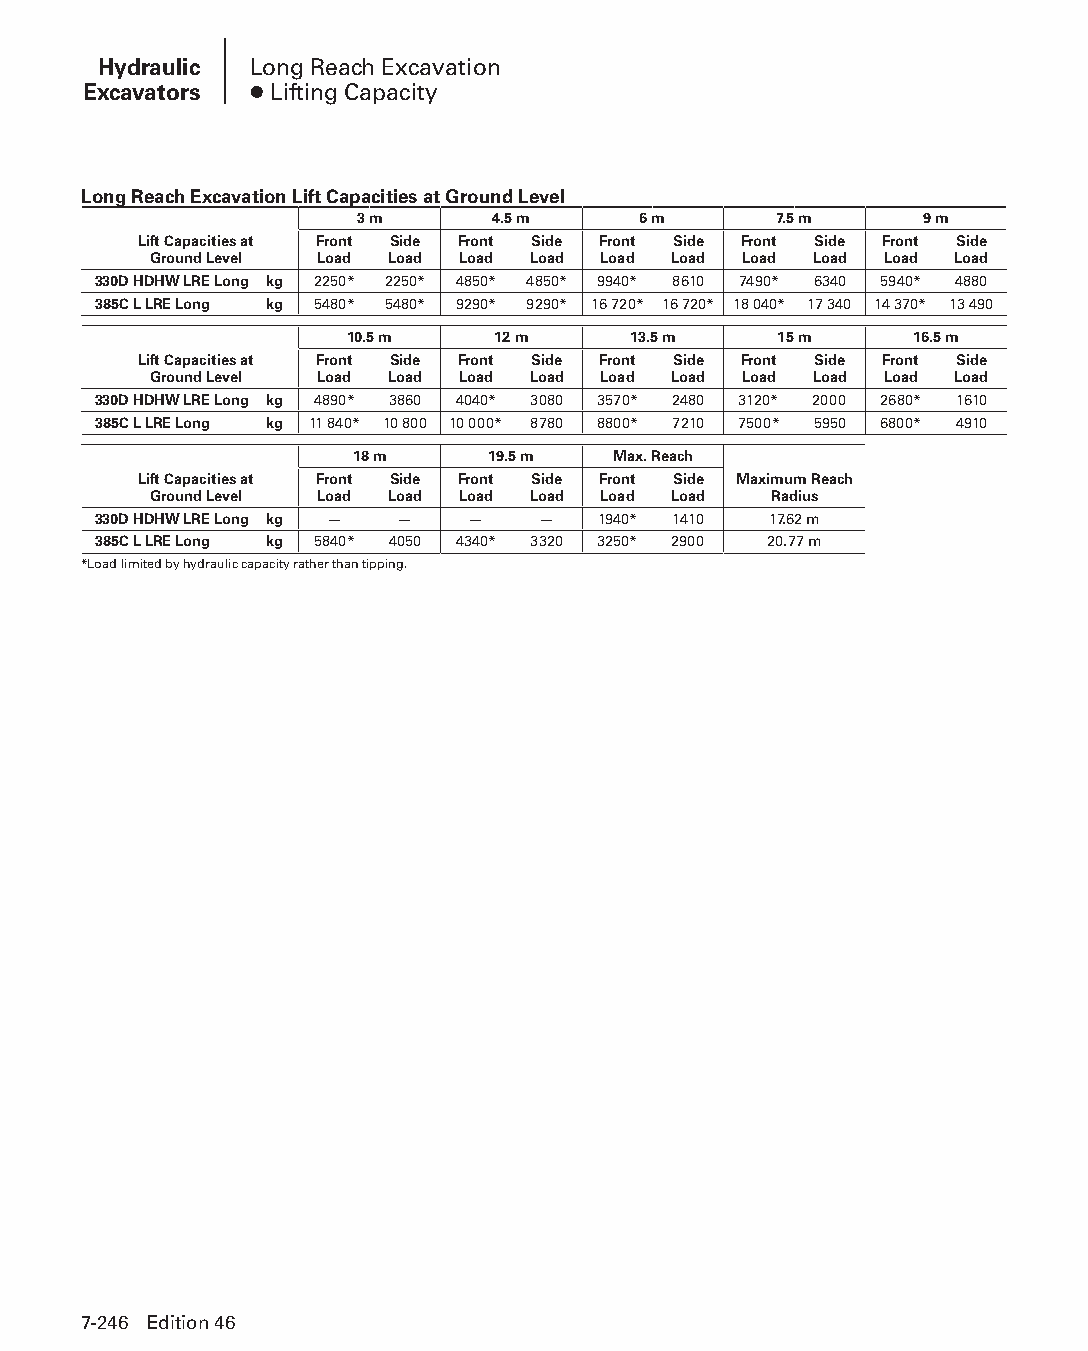
Hydraulic Long Reach Excavation
 Excavators ● Lifting Capacity
 Long Reach Excavation Lift Capacities at Ground Level
 3 m      4.5 m     6 m      7.5 m    9 m
 Lift Capacities at Front Side Front Side Front Side Front Side Front Side
 Ground Level Load Load Load Load Load Load Load Load Load Load
 330D HDHW LRE Long kg 2250* 2250* 4850* 4850* 9940* 8610 7490* 6340 5940* 4880
 385C L LRE Long kg 5480* 5480* 9290* 9290* 16 720* 16 720* 18 040* 17 340 14 370* 13 490
 10.5 m    12 m     13.5 m    15 m     16.5 m
 Lift Capacities at Front Side Front Side Front Side Front Side Front Side
 Ground Level Load Load Load Load Load Load Load Load Load Load
 330D HDHW LRE Long kg 4890* 3860 4040* 3080 3570* 2480 3120* 2000 2680* 1610
 385C L LRE Long kg 11 840* 10 800 10 000* 8780 8800* 7210 7500* 5950 6800* 4910
 18 m     19.5 m  Max. Reach
 Lift Capacities at Front Side Front Side Front Side Maximum Reach
 Ground Level Load Load Load Load Load Load Radius
 330D HDHW LRE Long kg — — —  —   1940* 1410 17.62 m
 385C L LRE Long kg 5840* 4050 4340* 3320 3250* 2900 20.77 m
 *Load limited by hydraulic capacity rather than tipping.
 7-246 Edition 46
 PPHHBB--SSeecc0077--HHyyddrraauulliiccEExxccaavvaattoorrss((ppgg224433--229944))..iinndddd 224466 1122//44//1155 1100::3377 AAMM